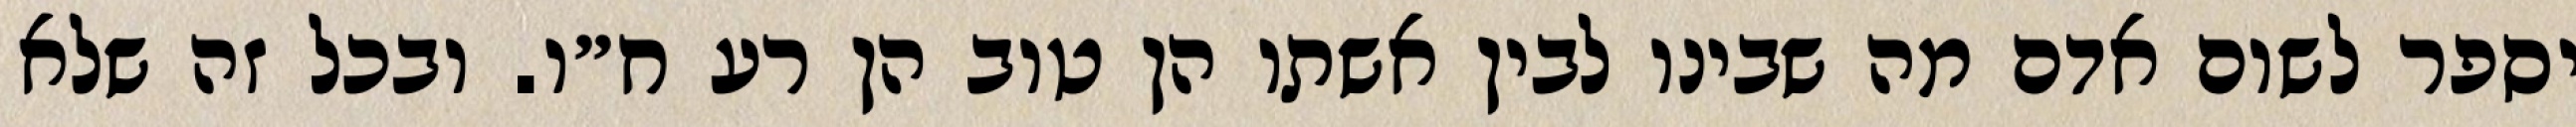
יספר לשום אדם מה שבינו לבין אשתו הן טוב הן רע ח״ו. ובכל זה שלא